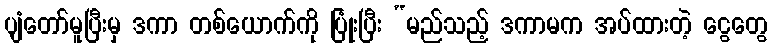
ပျံတော်မူပြီးမှ ဒကာ တစ်ယောက်ကို ပြုံးပြီး “မည်သည့် ဒကာမက အပ်ထားတဲ့ ငွေတွေ